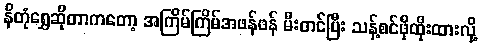
နိတုံရွှေဆိုတာကတော့ အကြိမ်ကြိမ်အဖန်ဖန် မီးတင်ပြီး သန့်စင်ဖိုထိုးထားလို့